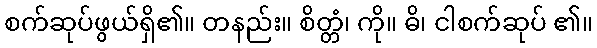
စက်ဆုပ်ဖွယ်ရှိ၏။ တနည်း။ စိတ္တံ၊ ကို။ ဓိ၊ ငါစက်ဆုပ် ၏။